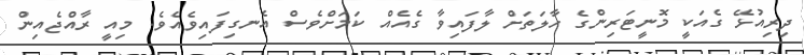
ދިރިއުޅޭ ގެއަކީ މޮނީޓަރިންގެ ހާލަތަށް ލާފައިވާ ގެއެއް ކަމަށްވެސް އެނގިފައިވެއެވެ. މިއީ ރާއްޖެއިން